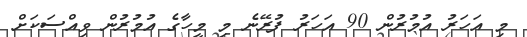
މި އަހަރު އުމުރުން 90 އަހަރު ފުރޭނެ މި މީހާގެ އުމުރުން ވިއްސަކަށް